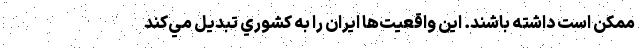
ممكن است داشته باشند. اين واقعيت‌ها ايران را به كشوري تبديل مي‌كند